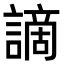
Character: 謫